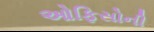
ઓફિસોની